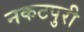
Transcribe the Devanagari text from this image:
नकटपुरी